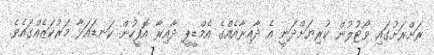
ރަށްރަށުގައި ވޯޓުލުން ކުރިޔަށްދަނީ އެ ދާއިރާއެއްގެ އެމްޑީޕީ ދާއިރާ އޮފީހުން ކަނޑައަޅާ މަރުކަޒެއްގައެވެ.